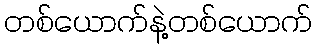
တစ်ယောက်နဲ့တစ်ယောက်